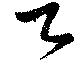
卿